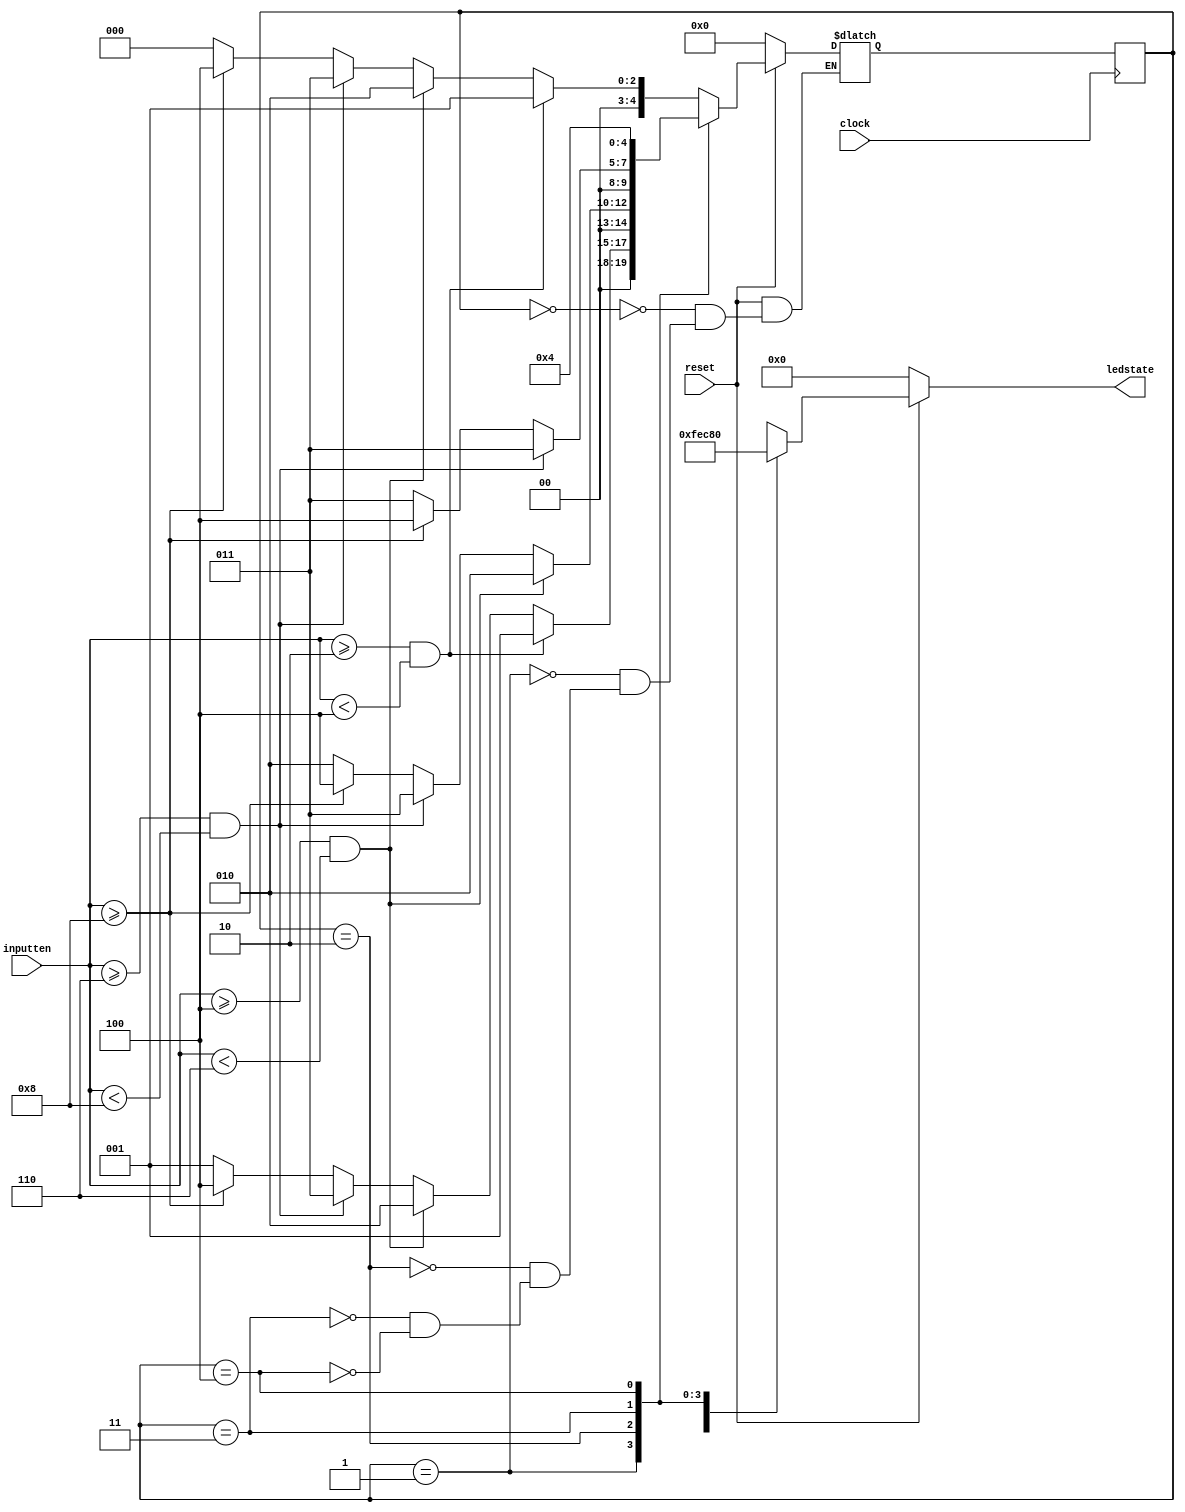
// Copyright (C) 2020  Intel Corporation. All rights reserved.
// Your use of Intel Corporation's design tools, logic functions 
// and other software and tools, and any partner logic 
// functions, and any output files from any of the foregoing 
// (including device programming or simulation files), and any 
// associated documentation or information are expressly subject 
// to the terms and conditions of the Intel Program License 
// Subscription Agreement, the Intel Quartus Prime License Agreement,
// the Intel FPGA IP License Agreement, or other applicable license
// agreement, including, without limitation, that your use is for
// the sole purpose of programming logic devices manufactured by
// Intel and sold by Intel or its authorized distributors.  Please
// refer to the applicable agreement for further details, at
// https://fpgasoftware.intel.com/eula.

// Generated by Quartus Prime Version 20.1.1 Build 720 11/11/2020 SJ Lite Edition
// Created on Wed Dec 22 01:43:26 2021

// synthesis message_off 10175

`timescale 1ns/1ns

module rnd2_ledcontrol (
    reset,clock,inputten,
    ledstate);

    input reset;
    input clock;
    input [3:0] inputten;
    tri reset;
    tri [3:0] inputten;
    output [3:0] ledstate;
    reg [3:0] ledstate;
    reg [4:0] fstate;
    reg [4:0] reg_fstate;
    parameter state1=0,state2=1,state3=2,state4=3,state5=4;

    always @(posedge clock)
    begin
        if (clock) begin
            fstate <= reg_fstate;
        end
    end

    always @(fstate or reset or inputten)
    begin
        if (~reset) begin
            reg_fstate <= state1;
            ledstate <= 4'b0000;
        end
        else begin
            ledstate <= 4'b0000;
            case (fstate)
                state1: begin
                    if (((inputten[3:0] >= 4'b0010) & (inputten[3:0] < 4'b0100)))
                        reg_fstate <= state2;
                    else if (((inputten[3:0] >= 4'b0100) & (inputten[3:0] < 4'b0110)))
                        reg_fstate <= state3;
                    else if (((inputten[3:0] >= 4'b0110) & (inputten[3:0] < 4'b1000)))
                        reg_fstate <= state4;
                    else if ((inputten[3:0] >= 4'b1000))
                        reg_fstate <= state5;
                    else if ((inputten[3:0] < 4'b0010))
                        reg_fstate <= state1;
                    // Inserting 'else' block to prevent latch inference
                    else
                        reg_fstate <= state1;

                    ledstate <= 4'b1111;
                end
                state2: begin
                    if (((inputten[3:0] >= 4'b0010) & (inputten[3:0] < 4'b0100)))
                        reg_fstate <= state2;
                    else if (((inputten[3:0] >= 4'b0100) & (inputten[3:0] < 4'b0110)))
                        reg_fstate <= state3;
                    else if (((inputten[3:0] >= 4'b0110) & (inputten[3:0] < 4'b1000)))
                        reg_fstate <= state4;
                    else if ((inputten[3:0] >= 4'b1000))
                        reg_fstate <= state5;
                    // Inserting 'else' block to prevent latch inference
                    else
                        reg_fstate <= state2;

                    ledstate <= 4'b1110;
                end
                state3: begin
                    if (((inputten[3:0] >= 4'b0100) & (inputten[3:0] < 4'b0110)))
                        reg_fstate <= state3;
                    else if (((inputten[3:0] >= 4'b0110) & (inputten[3:0] < 4'b1000)))
                        reg_fstate <= state4;
                    else if ((inputten[3:0] >= 4'b1000))
                        reg_fstate <= state5;
                    // Inserting 'else' block to prevent latch inference
                    else
                        reg_fstate <= state3;

                    ledstate <= 4'b1100;
                end
                state4: begin
                    if (((inputten[3:0] >= 4'b0110) & (inputten[3:0] < 4'b1000)))
                        reg_fstate <= state4;
                    else if ((inputten[3:0] >= 4'b1000))
                        reg_fstate <= state5;
                    // Inserting 'else' block to prevent latch inference
                    else
                        reg_fstate <= state4;

                    ledstate <= 4'b1000;
                end
                state5: begin
                    if ((inputten[3:0] >= 4'b1000))
                        reg_fstate <= state5;
                    // Inserting 'else' block to prevent latch inference
                    else
                        reg_fstate <= state5;

                    ledstate <= 4'b0000;
                end
                default: begin
                    ledstate <= 4'bxxxx;
                    $display ("Reach undefined state");
                end
            endcase
        end
    end
endmodule // rnd2_ledcontrol